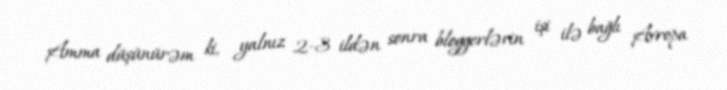
Amma düşünürəm ki, yalnız 2-3 ildən sonra bloggerlərin işi ilə bağlı Avropa